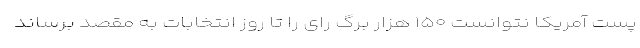
پست آمریکا نتوانست ۱۵۰ هزار برگ رای را تا روز انتخابات به مقصد برساند